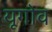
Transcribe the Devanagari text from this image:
यूगोव